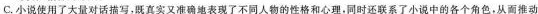
C.小说使用了大量对话描写，既真实又准确地表现了不同人物的性格和心理，同时还联系了小说中的各个角色，从而推动